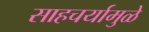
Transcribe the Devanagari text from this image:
साहचर्यामुळे